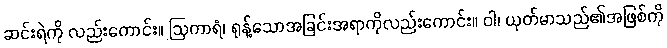
ဆင်းရဲကို လည်းကောင်း။ ဩကာရံ၊ ရုန့်သောအခြင်းအရာကိုလည်းကောင်း။ ဝါ၊ ယုတ်မာသည်၏အဖြစ်ကို